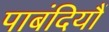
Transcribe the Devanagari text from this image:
पाबंदियौं